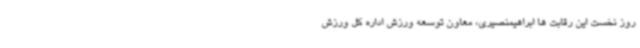
روز نخست این رقابت ها ابراهیمنصیری، معاون توسعه ورزش اداره کل ورزش